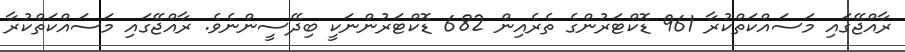
ރާއްޖޭގައި މަސައްކަތްކުރާ 961 ޑޮކްޓަރުންގެ ތެރެއިން 682 ޑޮކްޓަރުންނަކީ ބިދޭސީންނެވެ. ރާއްޖޭގައި މަސައްކަތްކުރާ